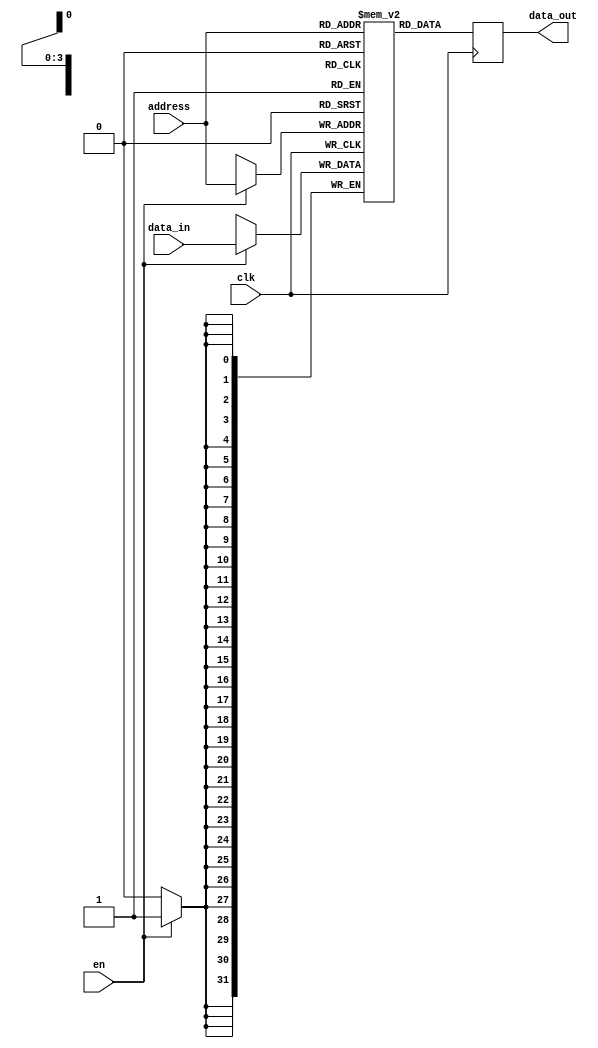
module memory #(
	parameter BITS = 32,
	parameter WORDS = 16,
	parameter ADDRESS_BITS = $clog2(WORDS)
) (
	input [ADDRESS_BITS - 1:0] address,
	input [BITS - 1:0] data_in,
	output reg [BITS - 1:0] data_out,
	
	input en,
	input clk
);
	// Inferred by Quartus into built in memory
	// Includes a register buffered output, so no MD register is required
	(* ram_init_file = "cpu.mif" *) reg [BITS - 1:0] data [WORDS - 1:0];
	
	always @(posedge clk) begin
		if (en)
			data[address] <= data_in;
		data_out <= data[address];
	end	
endmodule


`timescale 1ns/100ps
module memory_test;
	initial begin
		$finish;
	end
endmodule